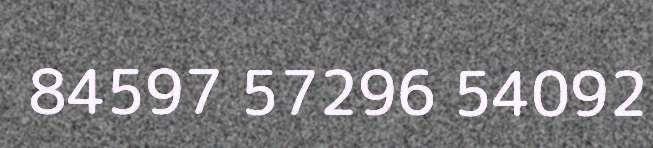
84597 57296 54092